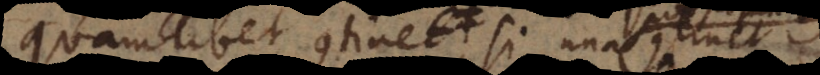
quamlibet continet, si una continet